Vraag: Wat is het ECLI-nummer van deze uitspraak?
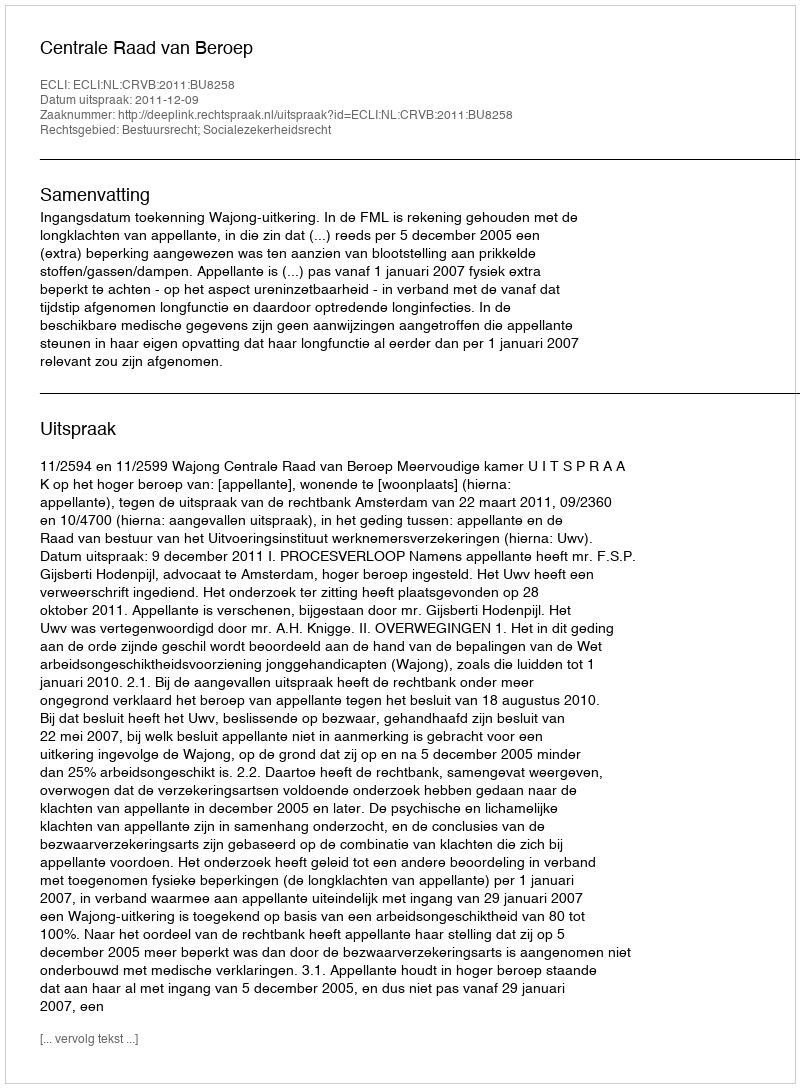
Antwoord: ECLI:NL:CRVB:2011:BU8258